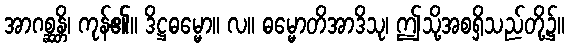
အာဂစ္ဆန္တိ၊ ကုန်၏။ ဒိဋ္ဌဓမ္မော။ လ။ ဓမ္မောတိအာဒိသု၊ ဤသို့အစရှိသည်တို့၌။